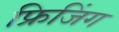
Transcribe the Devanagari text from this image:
फ्रिजिंग